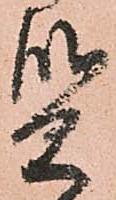
質